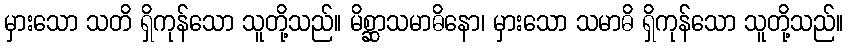
မှားသော သတိ ရှိကုန်သော သူတို့သည်။ မိစ္ဆာသမာဓိနော၊ မှားသော သမာဓိ ရှိကုန်သော သူတို့သည်။